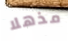
مذهلا